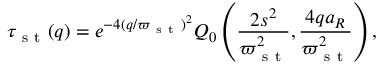
\tau _ { \mathrm { ~ s ~ t ~ } } ( q ) = e ^ { - 4 ( q / \varpi _ { \mathrm { ~ s ~ t ~ } } ) ^ { 2 } } Q _ { 0 } \left( \frac { 2 s ^ { 2 } } { \varpi _ { \mathrm { ~ s ~ t ~ } } ^ { 2 } } , \frac { 4 q a _ { R } } { \varpi _ { \mathrm { ~ s ~ t ~ } } ^ { 2 } } \right) ,